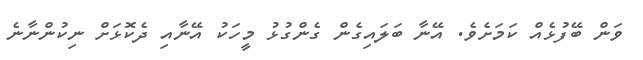
ވަން ބޭފުޅެއް ކަމަށެވެ. އޭނާ ބަލައިގެން ގެންގުޅު މީހަކު އޭނާއި ދެކޮޅަށް ނިކުންނާނެ